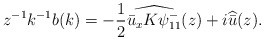
\begin{align*}z^{-1} k^{-1} b(k)= - \frac{1}{2} \widehat{ \bar{u}_x K \psi^-_{11} } ( z)+ i \widehat{\bar{u}} ( z ).\end{align*}